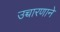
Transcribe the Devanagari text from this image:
उच्चारणाने